Insane asylums in Bengal annual reports 1867-1875 - 1867-1875
Year: 1867
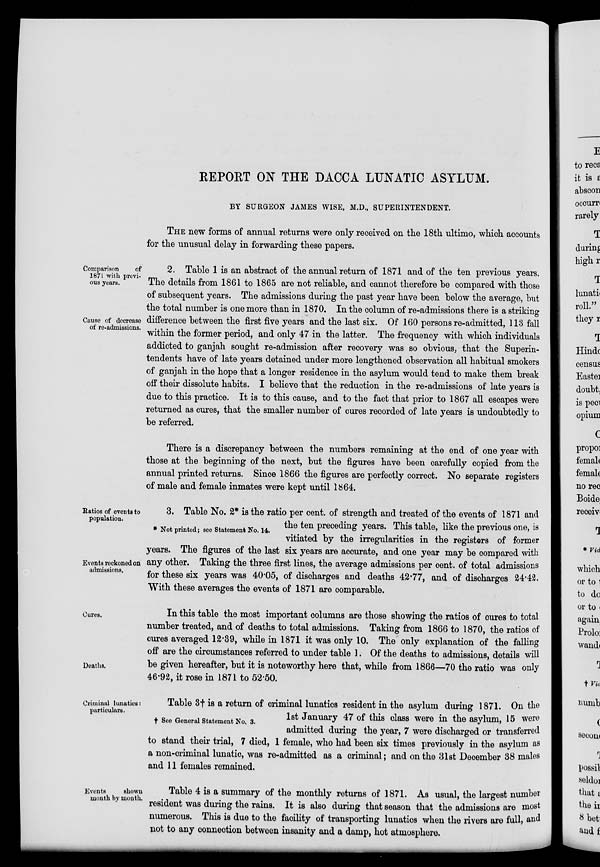
REPORT ON THE DACCA LUNATIC ASYLUM.
BY SURGEON JAMES WISE, M.D., SUPERINTENDENT.
THE new forms of annual returns were only received on the 18th ultimo, which accounts
for the unusual delay in forwarding these papers.
Comparison
of
1871 with previ-
ous years.
Cause of decrease
of re-admissions.
2. Table 1 is an abstract of the annual return of 1871 and of the ten previous years.
The details from 1861 to 1865 are not reliable, and cannot therefore be compared with those
of subsequent years. The admissions during the past year have been below the average, but
the total number is one more than in 1870. In the column of re-admissions there is a striking
difference between the first five years and the last six. Of 160 persons re-admitted, 113 fall
within the former period, and only 47 in the latter. The frequency with which individuals
addicted to ganjah sought re-admission after recovery was so obvious, that the Superin-
tendents have of late years detained under more lengthened observation all habitual smokers
of ganjah in the hope that a longer residence in the asylum would tend to make them break
off their dissolute habits. I believe that the reduction in the re-admissions of late years is
due to this practice. It is to this cause, and to the fact that prior to 1867 all escapes were
returned as cures, that the smaller number of cures recorded of late years is undoubtedly to
be referred.
There is a discrepancy between the numbers remaining at the end of one year with
those at the beginning of the next, but the figures have been carefully copied from the
annual printed returns. Since 1866 the figures are perfectly correct. No separate registers
of male and female inmates were kept until 1864.
Ratios of events to
population.
Events reckoned on
admissions.
* Not printed ; see Statement No. 14.
3. Table No. 2* is the ratio per cent. of strength and treated of the events of 1871 and
the ten preceding years. This table, like the previous one, is
vitiated by the irregularities in the registers of former
years. The figures of the last six years are accurate, and one year may be compared with
any other. Taking the three first lines, the average admissions per cent. of total admissions
for these six years was 40.05, of discharges and deaths 42.77, and of discharges 24.42.
With these averages the events of 1871 are comparable.
Cures.
Deaths.
In this table the most important columns are those showing the ratios of cures to total
number treated, and of deaths to total admissions. Taking from 1866 to 1870, the ratios of
cures averaged 12.39, while in 1871 it was only 10. The only explanation of the falling
off are the circumstances referred to under table 1. Of the deaths to admissions, details will
be given hereafter, but it is noteworthy here that, while from 1866—70 the ratio was only
46.92, it rose in 1871 to 52.50.
Criminal lunatics:
particulars.
† See General Statement No. 3.
Table 3† is a return of criminal lunatics resident in the asylum during 1871. On the
1st January 47 of this class were in the asylum, 15 were
admitted during the year, 7 were discharged or transferred
to stand their trial, 7 died, 1 female, who had been six times previously in the asylum as
a non-criminal lunatic, was re-admitted as a criminal; and on the 31st December 38 males
and 11 females remained.
Events
shown
month by month.
Table 4 is a summary of the monthly returns of 1871. As usual, the largest number
resident was during the rains. It is also during that season that the admissions are most
numerous. This is due to the facility of transporting lunatics when the rivers are full, and
not to any connection between insanity and a damp, hot atmosphere.